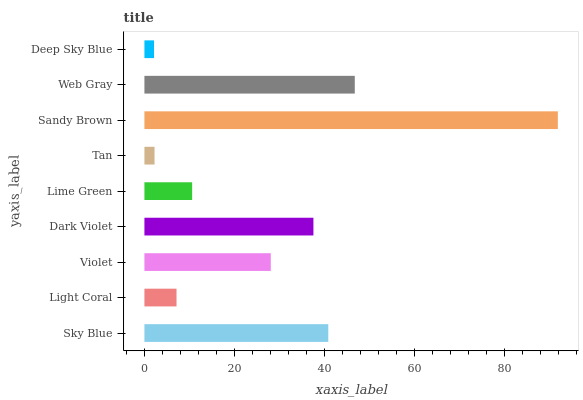
| yaxis_label | bars |
 | --- | --- |
 | Sky Blue | 40.9 |
 | Light Coral | 7.14 |
 | Violet | 28.1 |
 | Dark Violet | 37.6 |
 | Lime Green | 10.6 |
 | Tan | 2.25 |
 | Sandy Brown | 91.9 |
 | Web Gray | 46.8 |
 | Deep Sky Blue | 2.14 |